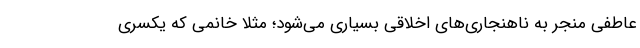
عاطفی منجر به ناهنجاری‌های اخلاقی بسیاری می‌شود؛ مثلا خانمی که یکسری